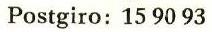
Postgiro:15 90 93